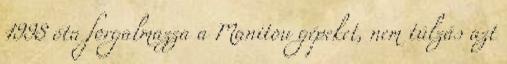
1998 óta forgalmazza a Manitou gépeket, nem túlzás azt